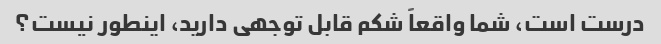
درست است، شما واقعاً شکم قابل توجهی دارید، اینطور نیست؟